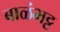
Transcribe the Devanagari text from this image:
बाळंभट्ट